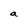
Character: a